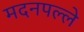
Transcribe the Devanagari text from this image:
मदनपल्ले